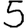
Digit: 5